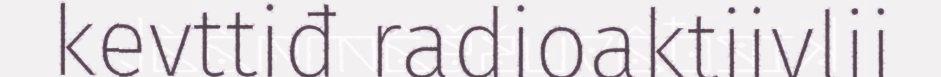
kevttiđ radioaktiivlii